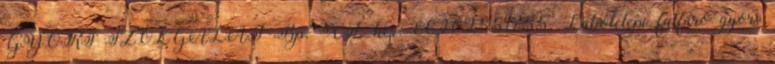
GYORS SZOLGÁLAT Bp. XI. ker. 06202551755. Lakótelepi falfúró gyors